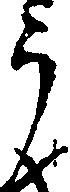
う